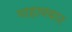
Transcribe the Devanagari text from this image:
गाहानबार